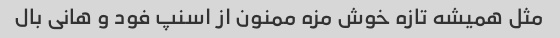
مثل همیشه تازه خوش مزه ممنون از اسنپ فود و هانی بال